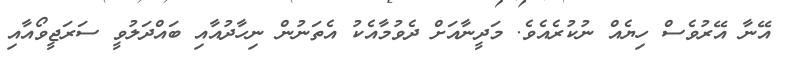
އޭނާ އޭރުވެސް ހިޔެއް ނުކުރެއެވެ. މަދީނާއަށް ދެވުމާއެކު އެތަނުން ނިހާދުއާއި ބައްދަލުވީ ސަރަޖީވޯއާއި